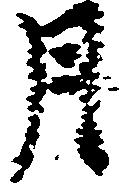
月